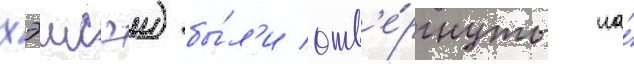
хэисэи) бы́л'и отв'е́ргнуты на́